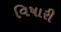
વિષારી